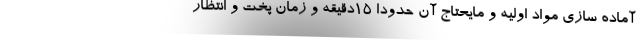
آماده سازی مواد اولیه و مایحتاج آن حدودا 15دقیقه و زمان پخت و انتظار